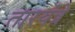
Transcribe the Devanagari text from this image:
तारयंत्रे